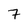
Character: 7